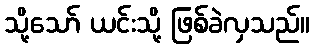
သို့သော် ယင်းသို့ ဖြစ်ခဲလှသည်။